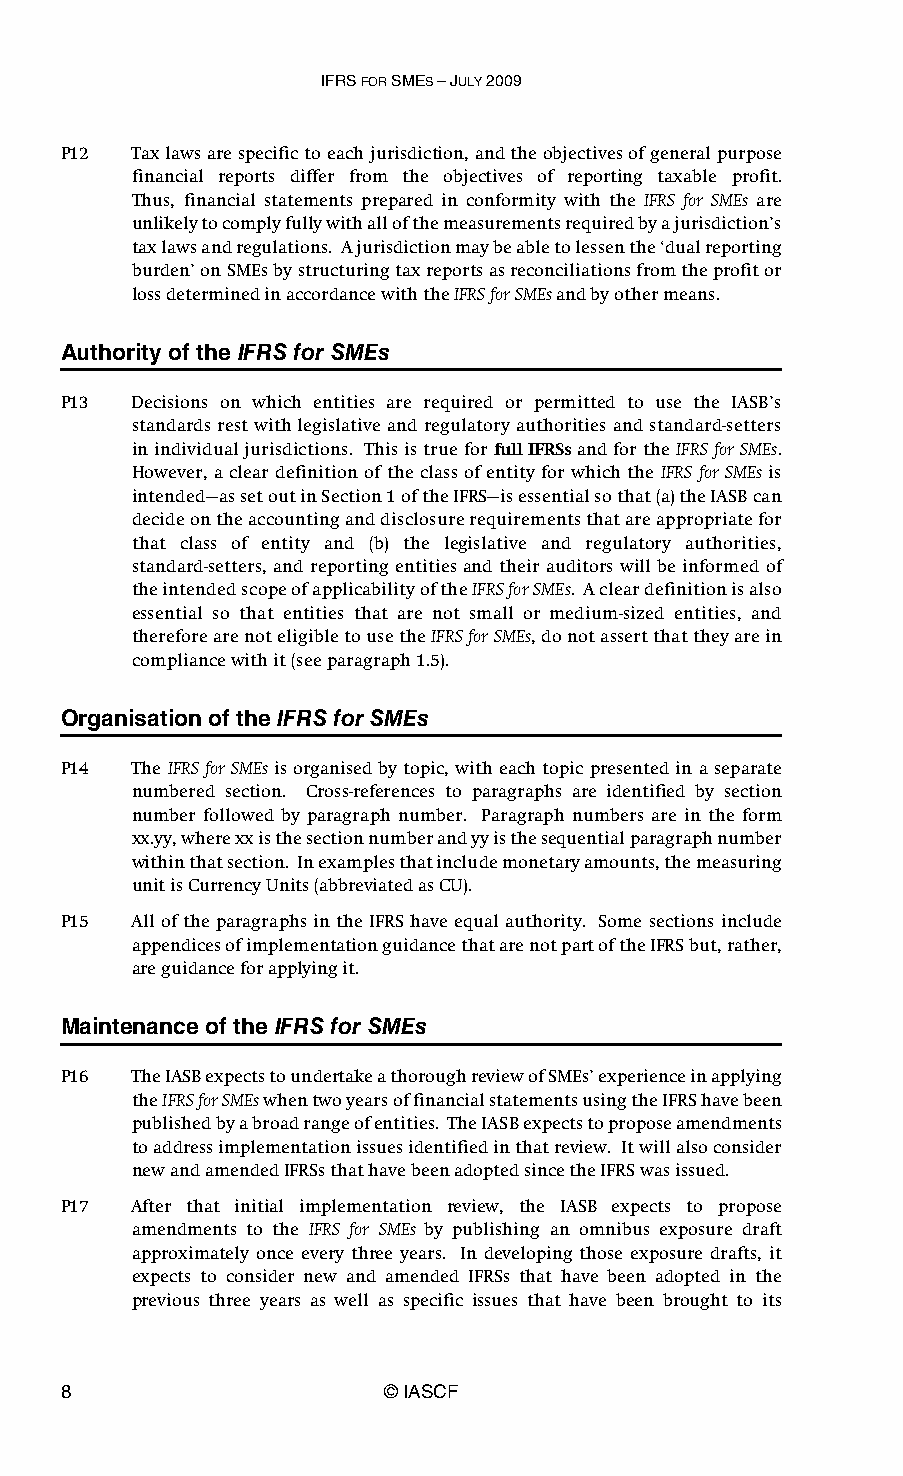
IFRS FOR SMES – JULY 2009
 P12  Tax laws are specific to each jurisdiction, and the objectives of general purpose
 financial reports differ from the objectives of reporting taxable profit.
 Thus, financial statements prepared in conformity with the IFRS for SMEs are
 unlikely to comply fully with all of the measurements required by a jurisdiction’s
 tax laws and regulations. A jurisdiction may be able to lessen the ‘dual reporting
 burden’ on SMEs by structuring tax reports as reconciliations from the profit or
 loss determined in accordance with the IFRS for SMEs and by other means.
 Authority of the IFRS for SMEs
 P13  Decisions on which entities are required or permitted to use the IASB’s
 standards rest with legislative and regulatory authorities and standard-setters
 in individual jurisdictions. This is true for full IFRSs and for the IFRS for SMEs.
 However, a clear definition of the class of entity for which the IFRS for SMEs is
 intended—as set out in Section 1 of the IFRS—is essential so that (a) the IASB can
 decide on the accounting and disclosure requirements that are appropriate for
 that class of entity and (b) the legislative and regulatory authorities,
 standard-setters, and reporting entities and their auditors will be informed of
 the intended scope of applicability of the IFRS for SMEs. A clear definition is also
 essential so that entities that are not small or medium-sized entities, and
 therefore are not eligible to use the IFRS for SMEs, do not assert that they are in
 compliance with it (see paragraph 1.5).
 Organisation of the IFRS for SMEs
 P14  The IFRS for SMEs is organised by topic, with each topic presented in a separate
 numbered section. Cross-references to paragraphs are identified by section
 number followed by paragraph number. Paragraph numbers are in the form
 xx.yy, where xx is the section number and yy is the sequential paragraph number
 within that section. In examples that include monetary amounts, the measuring
 unit is Currency Units (abbreviated as CU).
 P15  All of the paragraphs in the IFRS have equal authority. Some sections include
 appendices of implementation guidance that are not part of the IFRS but, rather,
 are guidance for applying it.
 Maintenance of the IFRS for SMEs
 P16  The IASB expects to undertake a thorough review of SMEs’ experience in applying
 the IFRS for SMEs when two years of financial statements using the IFRS have been
 published by a broad range of entities. The IASB expects to propose amendments
 to address implementation issues identified in that review. It will also consider
 new and amended IFRSs that have been adopted since the IFRS was issued.
 P17  After that initial implementation review, the IASB expects to propose
 amendments to the IFRS for SMEs by publishing an omnibus exposure draft
 approximately once every three years. In developing those exposure drafts, it
 expects to consider new and amended IFRSs that have been adopted in the
 previous three years as well as specific issues that have been brought to its
 8                     © IASCF